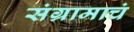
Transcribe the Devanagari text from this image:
संग्रामाचं